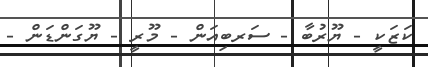
ކަޒަކީ - ޔޫރުބާ - ސަރބިއަން - މޫރީ - ޔޫގަންޑަން -